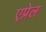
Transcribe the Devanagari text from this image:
एप्रेल